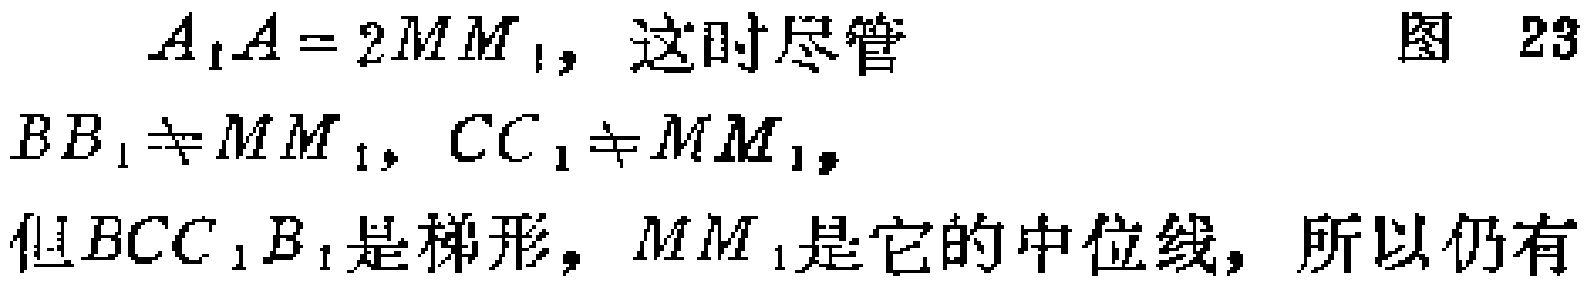
$A_{1}A = 2MM_{1}$，这时尽管 图 23

$BB_{1}\neq MM_{1}, CC_{1}\neq MM_{1},$

但$BCC_{1}B_{1}$是梯形，$MM_{1}$是它的中位线，所以仍有